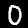
Label: 0